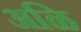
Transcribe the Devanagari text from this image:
अळि